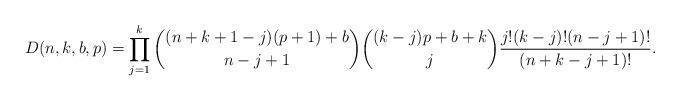
LaTeX: \begin{gather*}D(n,k,b,p)= \prod_{j=1}^{k} {(n+k+1-j)(p+1)+b \choose n-j+1} {(k-j)p+b+k \choose j}{j! (k-j)! (n-j+1)! \over (n+k-j+1)!}.\end{gather*}